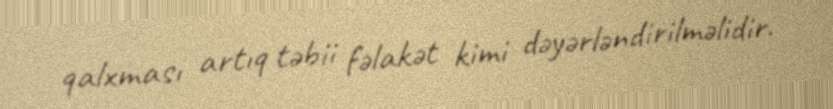
qalxması artıq təbii fəlakət kimi dəyərləndirilməlidir.